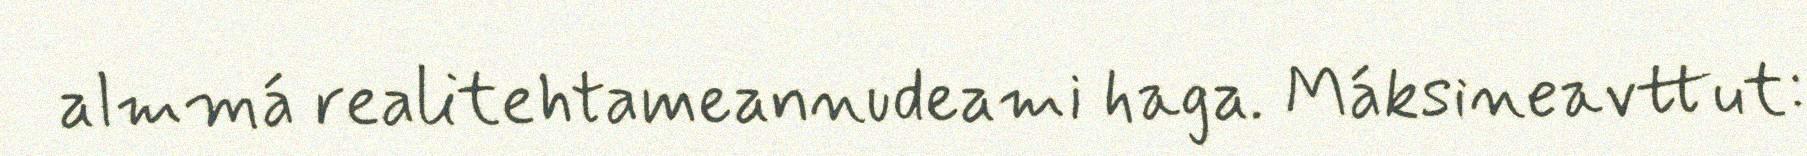
almmá realitehtameannudeami haga. Máksineavttut: